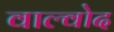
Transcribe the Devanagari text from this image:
वाल्वोद